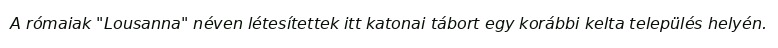
A rómaiak "Lousanna" néven létesítettek itt katonai tábort egy korábbi kelta település helyén.